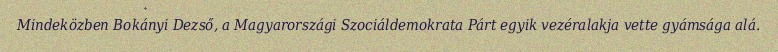
Mindeközben Bokányi Dezső, a Magyarországi Szociáldemokrata Párt egyik vezéralakja vette gyámsága alá.